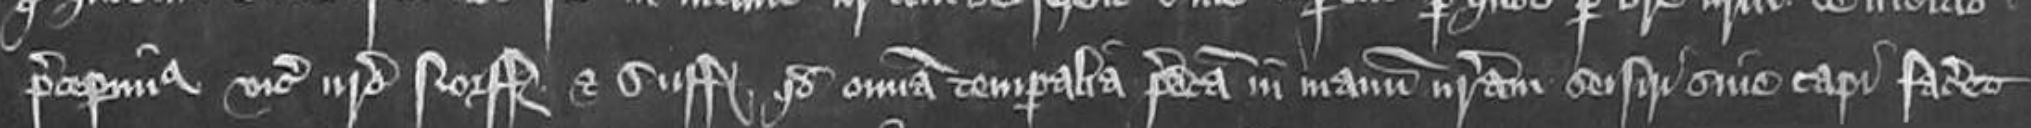
preceperimus vicecomiti nostro Norfolkie et Suffolkie quod omnia temporalia predicta in manum nostram seisiri sive capi faceret